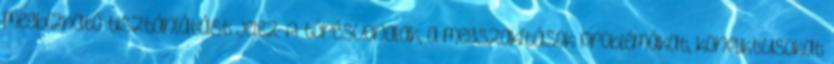
megbízható tisztánlátást jelez. A törésvonalak, a megszakítások problémákat, konfliktusokat